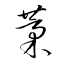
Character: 藳